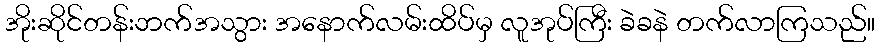
အိုးဆိုင်တန်းဘက်အသွား အနောက်လမ်းထိပ်မှ လူအုပ်ကြီး ခဲခနဲ တက်လာကြသည်။